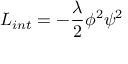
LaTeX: { \cal L } _ { i n t } = - \frac { \lambda } { 2 } { \phi } ^ { 2 } { \psi } ^ { 2 }